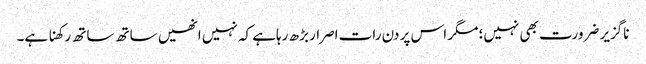
ناگزیر ضرورت بھی نہیں؛ مگر اس پر دن رات اصرار بڑھ رہاہے کہ نہیں انھیں ساتھ ساتھ رکھنا ہے۔